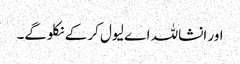
اور انشاللہ اے لیول کر کے نکلوگے۔